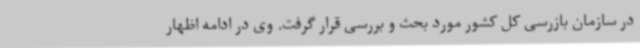
در سازمان بازرسی کل کشور مورد بحث و بررسی قرار گرفت. وی در ادامه اظهار